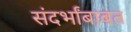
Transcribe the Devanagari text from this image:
संदर्भांबाबत